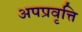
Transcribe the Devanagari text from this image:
अपप्रवृत्ति